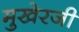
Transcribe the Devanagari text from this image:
मुखेरजी